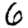
Digit: 6